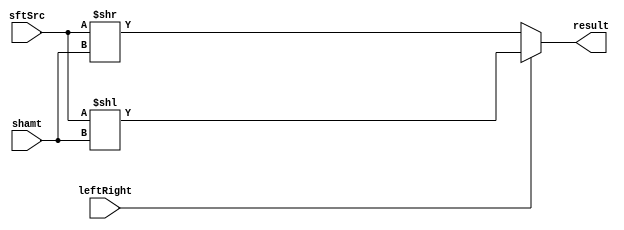
module Shifter( result, leftRight, shamt, sftSrc );

//I/O ports 
input	leftRight;
input	[32-1:0] shamt;
input	[32-1:0] sftSrc ;

output	[32-1:0] result;
//Internal Signals
wire	[32-1:0] result;
  
//Main function
/*your code here*/

assign result = 	(!leftRight)?(sftSrc>>shamt):	//rightshift if 0
						(leftRight)?(sftSrc<<shamt):
						32'd0;//default

endmodule